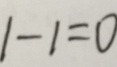
1 - 1 = 0